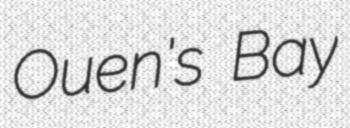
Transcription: Ouen's Bay